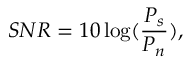
S N R = 1 0 \log ( \frac { P _ { s } } { P _ { n } } ) ,